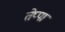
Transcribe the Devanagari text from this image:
तेप्पा